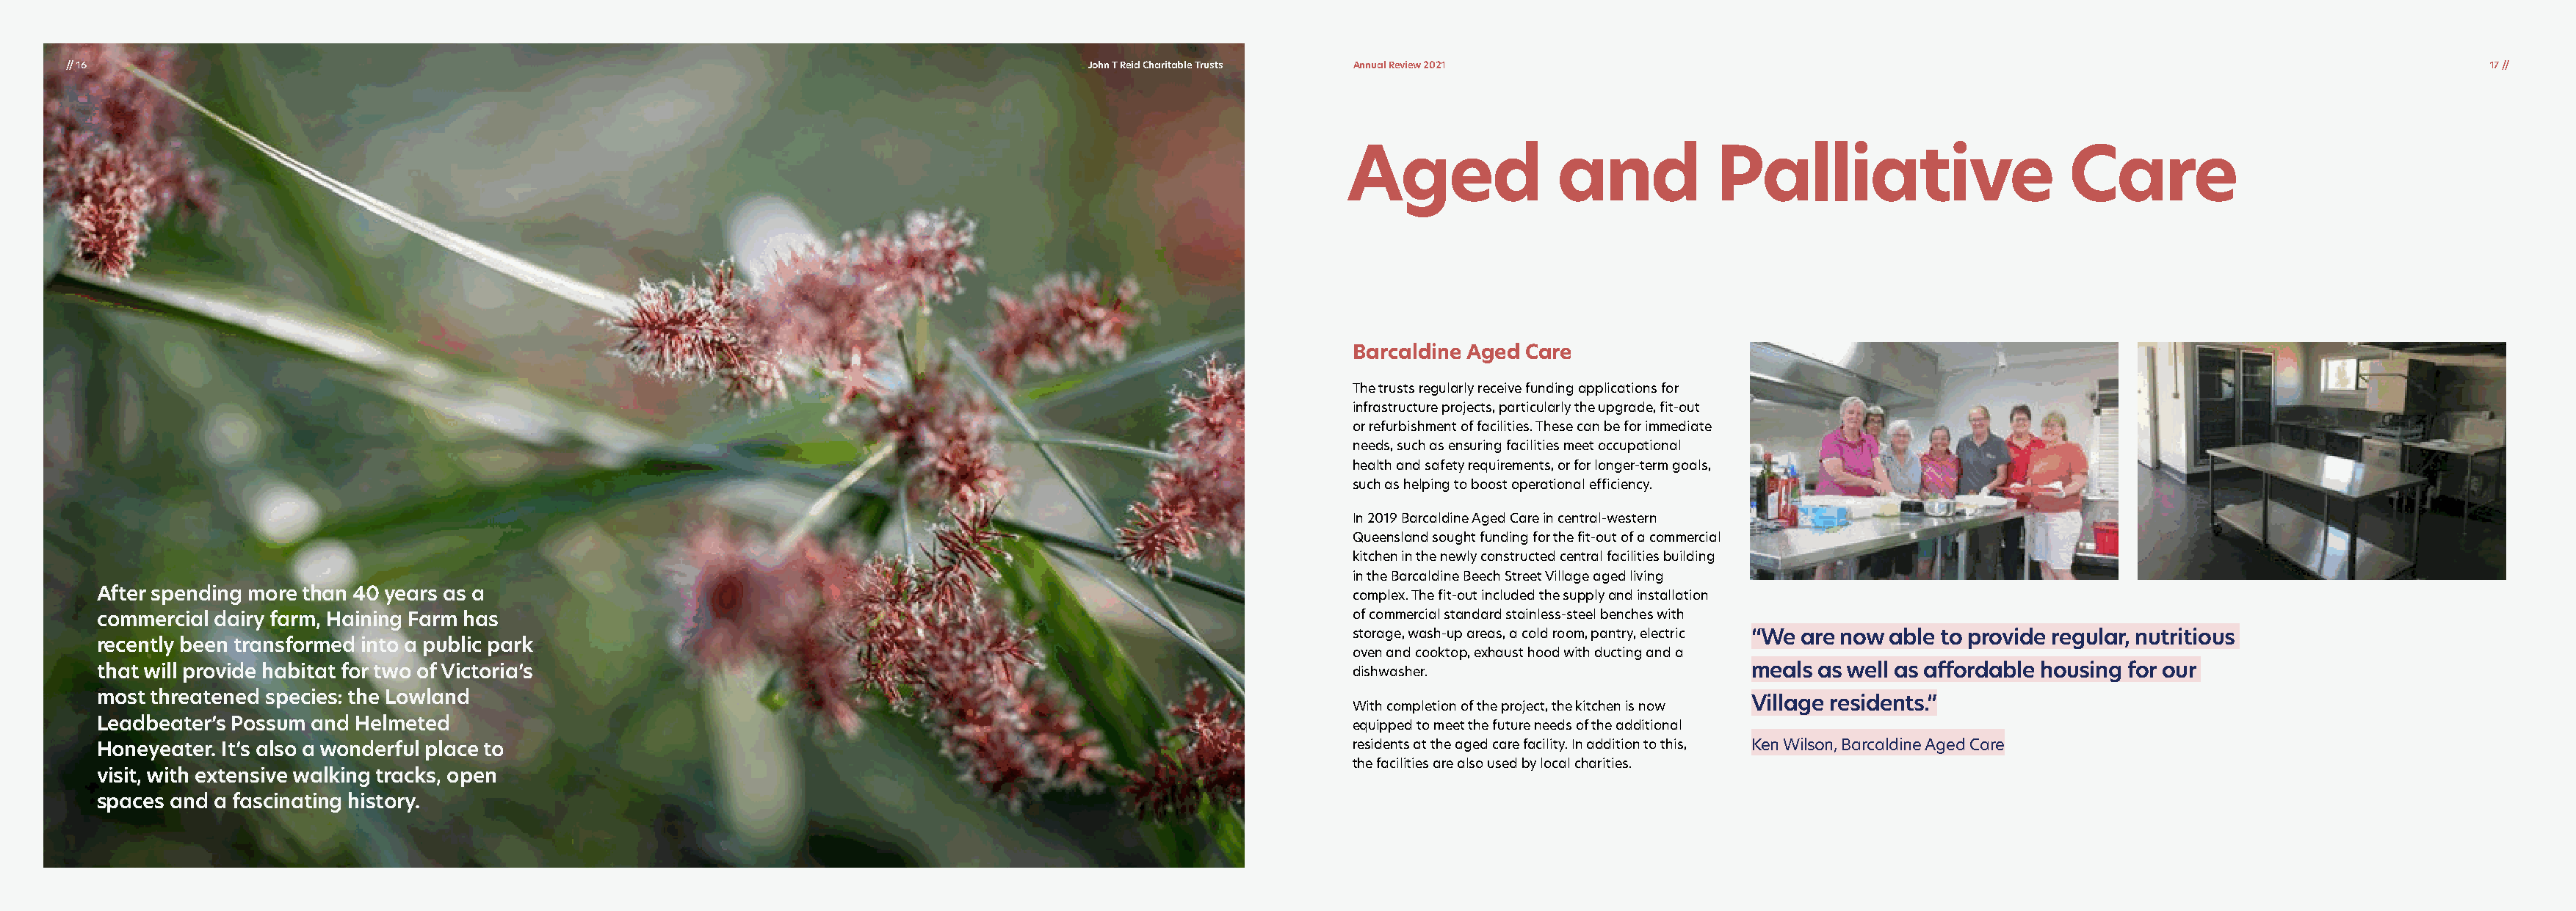
// 16                                                                                       John T Reid Charitable Trusts Annual Review 2021                                                                              17 //
 Aged               and            Palliative                      Care
 Barcaldine Aged Care
 The trusts regularly receive funding applications for
 infrastructure projects, particularly the upgrade, fit-out
 or refurbishment of facilities. These can be for immediate
 needs, such as ensuring facilities meet occupational
 health and safety requirements, or for longer-term goals,
 such as helping to boost operational efficiency.
 In 2019 Barcaldine Aged Care in central-western
 Queensland sought funding for the fit-out of a commercial
 kitchen in the newly constructed central facilities building
 in the Barcaldine Beech Street Village aged living
 After spending more than 40 years as a                                                                           complex. The fit-out included the supply and installation
 commercial dairy farm, Haining Farm has                                                                          of commercial standard stainless-steel benches with
 storage, wash-up areas, a cold room, pantry, electric “We are now able to provide regular, nutritious
 recently been transformed into a public park
 oven and cooktop, exhaust hood with ducting and a
 that will provide habitat for two of Victoria’s                                                                  dishwasher.                         meals as well as affordable housing for our
 most threatened species: the Lowland
 Village residents.”
 With completion of the project, the kitchen is now
 Leadbeater’s Possum and Helmeted                                                                                 equipped to meet the future needs of the additional
 Honeyeater. It’s also a wonderful place to                                                                       residents at the aged care facility. In addition to this, Ken Wilson, Barcaldine Aged Care
 the facilities are also used by local charities.
 visit, with extensive walking tracks, open
 spaces and a fascinating history.